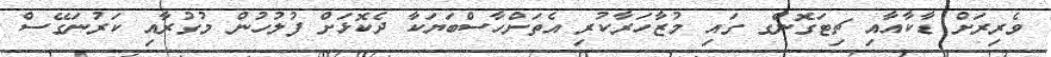
ވެރިރަށް ޑާކާއާއި ޗިޓަގޮންގ ގައި މުޒާހަރާކުރި އެތަށްހާސްބަޔަކާ ދެކޮޅަށް ފުލުހުން މުގުރާއި ކަރުނަގޭސް